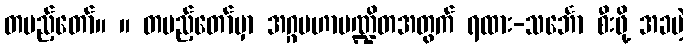
တပည့်တော်။ ။ တပည့်တော်မှာ အဂ္ဂမဟာပဏ္ဍိတအတွက် ရထား-သင်္ဘော စီးဖို့ အခမဲ့